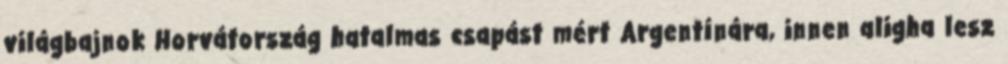
világbajnok Horvátország hatalmas csapást mért Argentínára, innen aligha lesz